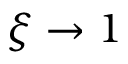
\xi \rightarrow 1